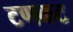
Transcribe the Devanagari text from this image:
टणकट